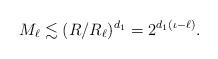
LaTeX: \begin{align*}M_\ell\lesssim (R/R_\ell)^{d_1} = 2^{d_1(\iota-\ell)}.\end{align*}